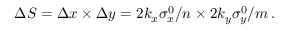
\Delta S = \Delta x \times \Delta y = 2 k _ { x } \sigma _ { x } ^ { 0 } / n \times 2 k _ { y } \sigma _ { y } ^ { 0 } / m \, .